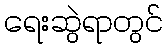
ရေးဆွဲရာတွင်